Vital statistics of India. Vol. IV, Annual returns from 1871 to 1876. British Army of India, Native Army and jails of Bengal
Year: 1871
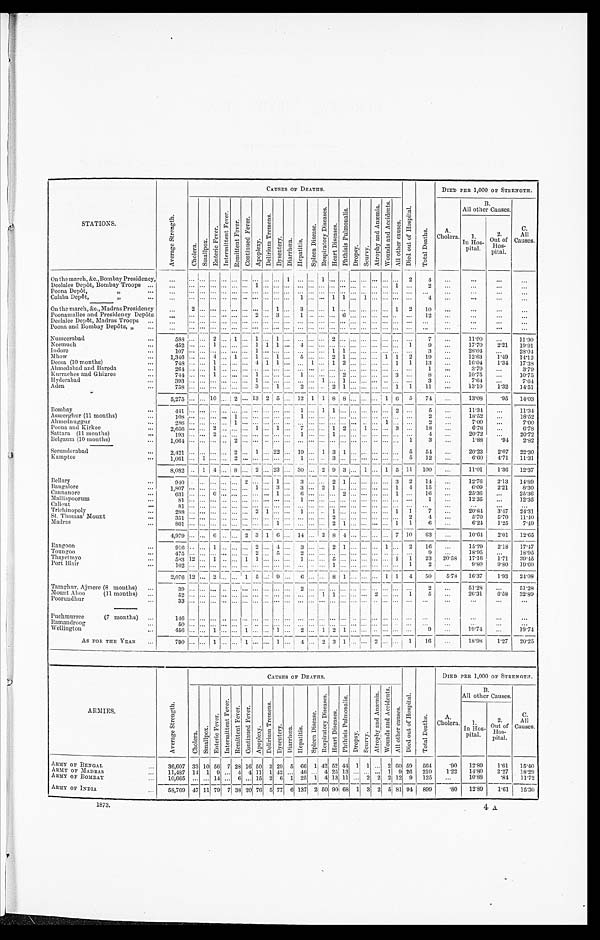
STATIONS.
A v e r a g e S t r e n g t h .
CAUSES OF DEATHS.
D i e d o u t o f H o s p i t a l .
T o t a l D e a t h s .
DIED PER 1,000 OF STRENGTH.
Chol er a.
S m a l l p o x .
E n t e r i c F e v e r .
I n t e r m i t t e n t F e v e r .
R e m i t t e n t F e v e r .
C o n t i n u e d F e v e r .
A p o p l e x y .
D e l i r i u m T r e m e n s .
D y s e n t e r y .
D i a r r h œ a .
H e p a t i t i s .
S p l e e n D i s e a s e .
R e s p i r a t o r y D i s e a s e s .
H e a r t D i s e a s e s .
P h t h i s i s P u l m o n a l i s .
D r o p s y .
S c u r v y .
A t r o p h y a n d A n æ m i a .
W o u n d s a n d A c c i d e n t s .
A l l o t h e r c a u s e s .
A.
Cholera.
B.
All other Causes.
C .
All
Ca uses.
1 .
I n H o s - p i t a l .
2.
Out of
Hos-pital.
On the march, &c., Bombay Presidency,
. . .
. . .
. . .
. . .
. . . . . .
. . .
. . .
. . .
. . .
1
. . .
. . . 1
. . .
. . .
. . .
. . .
. . .
. . .
. . .
2
4
. . .
. . .
. . .
. . .
. . .. . .
. . .
. . .
. . .
. . .
. . . 1
. . .
. . . . . .
. . .
. . .
. . .
. . .
. . .
. . .
. . .
. . .
. . .
1
. . .
2
. . .
. . .
. . .
. . .
Deolalee Depôt, Bombay Troops . . .
. . .
. . .
. . .
. . . . . .
. . .
. . .
. . . . . .
. . . . . .
. . .
. . .
. . .
. . .
. . .
. . .
. . .
. . .
. . .
. . .
. . .
. . .
. . .
. . .
. . .
. . .
Poona Depôt " . . .
. . .. . .
. . .
. . .
. . .
. . .
. . .
. . . . . .
. . .
. . .
1
. . .
. . .
1
1
. . .
1
. . .
. . .
. . .
. . .
4
. . .
. . .
. . .
. . .
Colaba Depôt, " . . .
. . .2
. . .
. . .
. . .
. . .
. . .
. . . . . .
1
. . .
3
. . .
. . .
1
. . .
. . .
. . .
. . . . . . 1
2
10
. . .
. . .
. . .
. . .
On the march, &c., Madras Presidency
. . .. . .
. . .
. . .
. . .
. . .
. . .
2 . . .
3
. . .
1
. . .
. . .
. . .
6
. . .
. . .
. . .
. . .
. . .
. . .
1 2
. . .
. . .
. . .
. . .
Poonamallee and Presidency Depôts . . .
Deolalee Dopôt, Madras Troops . . .
. . .. . .
. . .
. . .
. . .
. . .
. . . . . . . . .
. . .
. . .
. . .
. . .
. . .
. . .
. . .
. . .
. . .
. . . . . .
. . .
. . .
. . .
. . .
. . .
. . .
. . .
Poona and Bombay Depôts, " . . .
. . .. . .
. . . . . .
. . .
. . .
. . .
. . . . . .
. . .
. . .
. . .
. . .
. . .
. . .
. . .
. . .
. . .
. . . . . .
. . .
. . .
. . .
. . .
. . .
. . .
. . .
Nusseerabad . . .
5 8 8
. . .
. . . 2
. . .
1
. . .
1 . . .
1
. . .
. . .
. . .
. . .
2
. . .
. . .
. . .
. . . . . .
. . .
. . .
7
. . .
1 1 . 9 0
. . .
11.90
1 7 . 7 0
2 . 2 1
19.91
Neemuch . . .
4 5 2. . .
. . . 1
. . .
. . .
. . .
1 1
1
. . .
4
. . .
. . .
. . .
. . .
. . .
. . .
. . . . . .
. . .
1
9
. . .
2 8 . 0 4
. . .
28.04
. . .
. . . . . .
. . .
. . .
. . .
1 . . .
. . .
. . .
. . .
. . .
. . .
1
1
. . .
. . .
. . .
. . . . . .
. . .
3
. . .
1 0 7
Indore . . .
1 2 . 6 3
1 . 4 9
14.12
1,346 . . .
. . .
4
. . . 1
. . . 1
. . . 1
. . . 5
. . .
. . . 2 1
. . .
. . .
. . . 1 1
2
19
. . .
Mhow . . .
1 6 . 0 4
1 . 3 4
17.38
7 4 8. . .
. . .
1
. . .
. . .
. . .
4
1
1
. . .
. . .
1
. . .
1
2
. . .
. . .
. . . . . . 1
1
13
. . .
Deesa (10 months) . . .
3 . 7 9
. . .
3 . 7 9
2 6 4. . .
. . .
1
. . .
. . .
. . .
. . .
. . .
. . .
. . .
. . .
. . .
. . .
. . .
. . .
. . .
. . . . . .
. . .
. . .
. . .
1
. . .
Ahmedabad and Baroda . . .
1 0 . 7 5
. . .
10.75
7 4 4. . .
. . .
1
. . .
. . .
. . .
1
. . .
. . .
. . .
1
. . .
. . .
. . .
2
. . .
. . .
. . .
. . .
3
. . .
8
. . .
Kurrachee and Ghizree . . .
7 . 6 4
. . .
7 . 6 4
3 9 3. . .
. . .
. . .
. . .
. . .
. . .
1
. . .
. . .
. . .
. . .
. . .
1
. . .
1
. . .
. . .
. . .
. . .
. . .
. . .
3
. . .
Hyderabad . . .
1 3 . 1 9
1 . 3 2
14.51
. . .
. . .
. . .
. . .
. . . . . . 3
. . . 1
. . .
2
. . .
. . .
2
1
. . .
. . .
. . .
. . .
1 1
11
. . .
Aden . . .
7 5 8
5,275 . . .
. . . 10
. . .
2
. . . 13
2
5
. . . 12
1
1
8
8
. . . . . .
. . . 1 6
5
74
. . .
13.08
. 9 514.03
Bombay . . .
4 4 1. . .
. . .
. . .
. . .
. . .
. . .
. . .
. . .
. . .
. . .
1
. . .
1
1
. . .
. . . . . .
. . .
. . .
2
. . .
5
. . .
11.34
. . . 11.34
18.52
. . .
18.52
Asseerghur (11 months) . . .
. . .
. . .
. . .
. . .
1
. . .
. . .
. . .
. . .
. . .
1
. . .
. . .
. . .
. . .
. . . . . .
. . .
. . .
. . .
. . .
2
. . .
1 0 8
7.00
. . . 7.00
. . .
. . .
. . .
. . .
. . .
. . .
. . .
. . .
. . .
. . .
. . . . . .
. . .
1
. . .
. . .
2
. . .
Ahmednuggur . . .
2 8 6. . .
. . .
. . .
. . .
1
6.78
. . . 6.78
. . . 1
. . . 1
. . . 7
. . .
. . . 1 2
. . . 1
. . .
. . . 3
. . .
18
. . .
. . .
. . .
2
. . .
. . .
Poona and Kirkee . . .
2,656
20.72
. . . 20.72
. . .
. . .
. . .
. . .
1
. . .
. . .
. . .
. . .
. . .
. . .
. . .
. . .
. . .
. . .
4
. . .
. . .
Sattara (11 months) . . .
1 9 3. . .
. . .
2
. . .
. . .
. . .
. . .
. . .
. . .
. . .
. . .
. . .
. . .
. . . 1
3
. . .
1.88
. 9 4 2.82
Belgaum (10 months) . . .
. . .
. . .
. . .
. . .
2
. . .
. . .
. . .
. . .
. . .
. . .
1 , 0 6 4
Secunderabad . . .
2 , 4 2 1
. . .
. . .
. . .
. . .
2
. . .
1
. . .
2 2
. . .
1 9
. . .
1
3
1
. . .
. . .
. . .
. . .
. . .
5
5 4
. . .
20.23
2.07
22.30
. . .
1
. . .
. . .
2
. . .
. . .
. . .
. . .
. . .
1
. . .
. . .
3
. . .
. . .
. . .
. . .
. . .
. . .
5
1 2
. . .
6 . 6 0
4.71
11.31
Kamptee . . .
1 , 0 6 1
8,082 . . .
1
4
. . .
8
. . .
2
. . .
2 3
. . . 30
. . . 2 9 3
. . . 1
. . .
1 5 11
100
. . .
11.01
1.36
12.37
Bellary . . .
9.40
. . .
. . .
. . .
. . .
. . .
2
. . .
. . . 1
. . . 3
. . .
. . . 2 1
. . .
. . .
. . .
. . . 3
2
14
. . . 12.76
2.13
14.89
Bangalore . . .
1
4
1 5
. . .
6 . 0 9
2.21
8.30
. . .1
. . .
3
. . .
3
. . .
2 1
. . .
. . .
. . .
. . .
. . .
1,807 . . .
. . .
. . .
. . .
. . .
1 6
. . .
25.36
. . . 25.36
. . .
Cannanore . . .
631 . . .
. . .
6
. . .
. . .
. . . . . . . . .
1
. . .
6
. . .
. . . . . .
2
. . .
. . .
. . .
. . .
1
. . .
12.35
. . . 12.35
1
Malliapoorum . . .
. . .
. . .
. . .
. . .
. . .. . .
. . . . . .
. . . . . .
1
. . .
. . . . . .
. . .
. . .
. . .
. . .
. . .
. . .
. . .
8 1
Calicut . . .
. . .
. . .. . . . . .
. . .
. . . . . . . . .
. . .
. . .
. . .
. . .
. . .
. . .
. . .
. . .
. . .
. . .
. . .
. . .
. . .
. . .
. . .
. . .
. . .
. . .
8 1
1
7
. . .
20.84
3.47
24.31
1
Trichinopoly . . .
. . . . . .
. . .. . .
. . .
. . . 2
1
. . .
. . .
1
. . .
. . . 1
. . .
. . .
. . .
. . .
. . .
288
5 . 7 0
5 . 7 0 11.40
St. Thomas' Mount . . .
. . .
. . .
. . .. . .
. . .
. . . . . . . . .
. . .
. . .
. . .
. . .
. . . 2
. . .
. . .
. . .
. . .
. . .
. . .
2
4
. . .
351
6 . 2 4
1.25
7.49
Madras . . .
. . .
. . . . . . . . .
. . .
. . .
. . .
1
. . .
. . .
. . .
. . .
. . . 2
1
. . .
. . .
. . .
. . .
1
1
6
. . .
801 4 , 9 7 9 . . .
. . . 6 . . .
. . .
2 3
1
6
. . .
1 4 . . . 2
8 4
. . .
. . .
. . .
. . . 7 10
63
. . .
10.64
2.01
12.65
Rangoon . . .
9 1 6 . . .
. . . 1 . . .
. . .
. . . 2
. . . 4
. . .
3
. . .
. . . 2
1
. . .
. . .
. . . 1
. . .
2
16
. . . 15.29
2.18
17.47
. . . 18.95
. . . 18.95
9
Toungoo . . .
4 7 5. . .
. . . . . .. . .
. . .
. . . 2
. . . 5
. . . 2
. . .
. . .
. . .
. . .
. . .
. . .
. . .
. . .
. . .
. . .
1
23
20.58
17.16
1.71
39.45
Thayetmyo . . .
5 8 312
. . . 1 . . .
. . .
1
1
. . . . . .
. . .
1
. . .
. . . 5
. . .
. . .
. . .
. . .
. . . 1
1
2
. . .
9.80
9.80
19.60
Port Blair . . .
1 0 2. . .
. . . . . .. . .
. . .
. . . . . .
. . . . . .
. . .
. . .
. . .
. . . 1
. . .
. . . . . .
. . .
. . .
. . .
2,076 12
. . .
2
. . .
. . .
1 5
. . . 9
. . . 6
. . .
. . . 8
1
. . .
. . .
. . . 1 1
4
50 5 . 7 8
16.37
1.93
24.08
Taraghur, Ajmere (8 months) . . .
3 9 . . .
. . . . . .. . .
. . .
. . . . . .
. . . . . .
. . .
2
. . .
. . . . . .
. . .
. . .
. . .
. . .
. . .
. . .
. . .
2 . . .
51.28
. . .
51.28
. . . 26.31
6.58
32.89
5
Mount Aboo (11 months) . . .
52 . . .
. . . . . . . . .
. . .
. . .
. . . . . .
. . .
. . .
. . .
. . .
1 1
. . .
. . .
. . .
2
. . .
. . . 1
Poorundhur . . .
33 . . .
. . . . . .. . .
. . .
. . . . . .
. . . . . .
. . .
. . .
. . .
. . . . . .
. . .
. . .
. . .
. . .
. . .
. . .
. . .
. . .
. . .
. . .
. . .
. . .
Puchmurree (7 months) . . .
1 4 6. . .
. . . . . .. . .
. . .
. . . . . .
. . . . . .
. . .
. . .
. . .
. . . . . .
. . .
. . .
. . .
. . .
. . .
. . .
. . .
. . .
. . .
. . .
. . .
. . .
Ramandroog . . .
50 . . .
. . .
. . . . . .
. . .
. . .
. . .
. . .
. . .
. . .
. . .
. . .
. . . . . .
. . .
. . .
. . .
. . .
. . .
. . .
. . .
. . .
. . .
. . .
. . .
. . .
9
19.74 . . .
19.74
Wellington . . .
4 5 6. . .
. . . 1 . . .
. . .
1
. . .
. . . 1
. . .
2
. . .
1 2
1
. . .
. . .
. . .
. . .
. . .
. . .
. . .
AS FOR THE YEAR . . .
790 . . .
. . .
1 . . .
. . .
1
. . .
. . . 1
. . .
4
. . .
2
3 1
. . .
. . . 2
. . .
. . .
1
16
. . . 18.98
1 . 2 7 20.25
ARMIES.
A v e r a g e S t r e n g t h .
CAUSES OF DEATHS.
Di e d o u t o f Ho s p i t a l .
T o t a l D e a t h s .
DIED PER 1,000 OF STRENGTH.
C h o l e r a .
S m a l l p o x .
E n t e r i c F e v e r .
I n t e r m i t t e n t F e v e r .
R e m i t t e n t F e v e r .
C o n t i n u e d F e v e r .
A p o p l e x y .
D e l i r i u m T r e m e n s .
D y s e n t e r y .
D i a r r h œ a .
H e p a t i t i s .
S p l e e n D i s e a s e .
R e s p i r a t o r y D i s e a s e s .
H e a r t D i s e a s e s .
P h t h i s i s P u l m o n a l i s .
D r o p s y . S c u r v y .
A t r o p h y a n d A n æ m i a .
W o u n d s a n d A c c i d e n t s .
A l l o t h e r c a u s e s .
A
. C h o l e r a .
All other Causes.
C .
All
Causes.
1.I n H o s - p i t a l .
2.O u t o f H o s - p i t a l .
ARMY OF BENGAL . . .
36,607 33 10 56 7 28 16 50 2 29 5 66 1 42 52 44 1 1
. . . 2 60 59
564
. 9 0
12.89
1 . 6 1
15.40
9 26
210
1.22
14.80
2.27
18.29
46
. . . 4 25 13
. . . . . .
. . . 1
A R M Y O F M A D R A S . . .
11,487 14 1 9
. . . 4 4 11 1
4 2
. . .
1 4 13 11
. . . 2
2 2
1 2 9 125
. . .
10.88
.84
11.72
ARMY OF BOMBAY . . .
25
10,665
. . .
. . . 14
. . .
6
. . . 1 5
2 6 1
2
5 0 90 68 1 3 2 5 81 94
899
.80
12.89
1.61
15.30
137
ARMY OF INDIA. . .
53,769
4 7 11 79 7 38
2 0 76 5 77 6
1873.
4